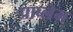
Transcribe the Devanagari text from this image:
प्राब्लेम